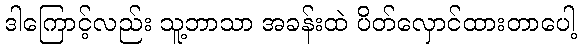
ဒါကြောင့်လည်း သူ့ဘာသာ အခန်းထဲ ပိတ်လှောင်ထားတာပေါ့